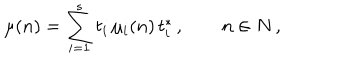
\mu ( n ) = \sum _ { i = 1 } ^ { s } t _ { i } \, \mu _ { i } ( n ) \, t _ { i } ^ { * } \, , \qquad n \in N \, ,